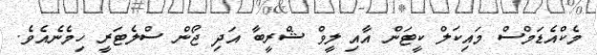
މެކްއެޑަމްސް މައިކަލް ކީޓަން އާއި ލީވް ޝްރީބާ އަދި ޖޯން ސްލެޓަރީ ހިމެނެއެވެ.